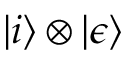
| i \rangle \otimes | \epsilon \rangle